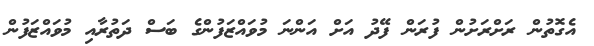
އެގޮތުން ރަށްރަށުން ފުރަން ފޭދު އަށް އަންނަ މުވައްޒަފުންގެ ބަސް ދަތުރާއި މުވައްޒަފުން